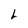
Character: L